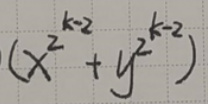
\((x^{k - 2}+y^{k - 2})\)